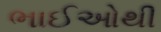
ભાઈઓથી